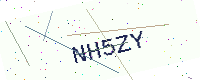
Text: NH5ZY